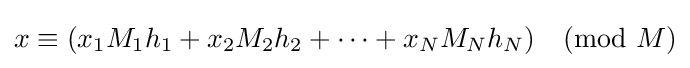
x\equiv (x_{1}M_{1}h_{1}+x_{2}M_{2}h_{2}+\cdots +x_{N}M_{N}h_{N}){\pmod {M}}